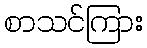
စာသင်ကြား